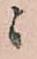
ニ